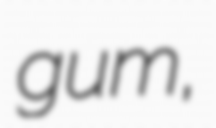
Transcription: gum,